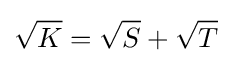
{\sqrt {K}}={\sqrt {S}}+{\sqrt {T}}